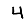
Digit: 4